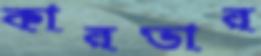
কারভার